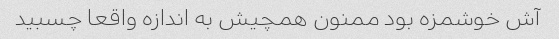
آش خوشمزه بود ممنون همچیش به اندازه واقعا چسبید